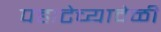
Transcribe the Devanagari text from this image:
पहाटेच्यावेळी